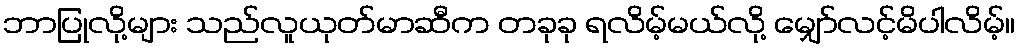
ဘာပြုလို့များ သည်လူယုတ်မာဆီက တခုခု ရလိမ့်မယ်လို့ မျှော်လင့်မိပါလိမ့်။